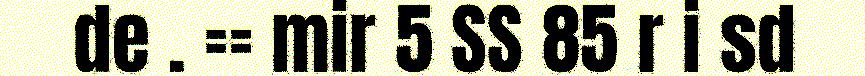
de . == mir 5 SS 85 r i sd